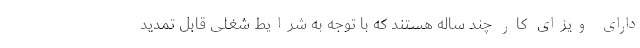
دارای ویزای کار چند ساله هستند که با توجه به شرایط شغلی قابل تمدید